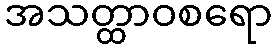
အသတ္ထာဝစရော